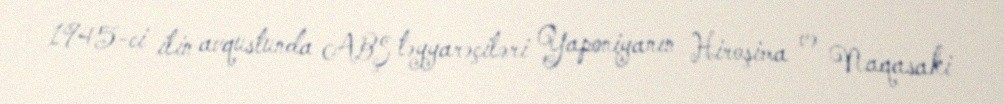
1945-ci ilin avqustunda ABŞ təyyarəçiləri Yaponiyanın Hiroşima və Naqasaki